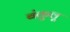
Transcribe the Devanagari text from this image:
बंकुलू